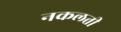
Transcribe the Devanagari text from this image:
नकलती